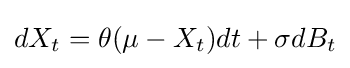
{\textstyle dX_{t}=\theta (\mu -X_{t})dt+\sigma dB_{t}}